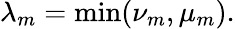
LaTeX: \lambda_{m}=\operatorname*{min}(\nu_{m},\mu_{m}).